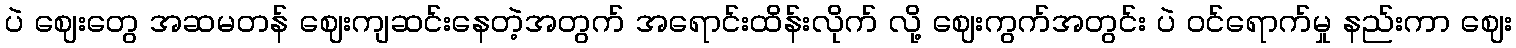
ပဲ ဈေးတွေ အဆမတန် ဈေးကျဆင်းနေတဲ့အတွက် အရောင်းထိန်းလိုက် လို့ ဈေးကွက်အတွင်း ပဲ ဝင်ရောက်မှု နည်းကာ ဈေး